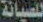
للصيانة